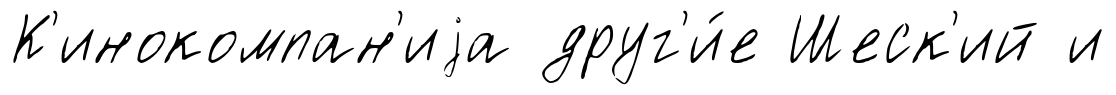
К'инокомпан'иjа друг'и́е Шеск'ий и